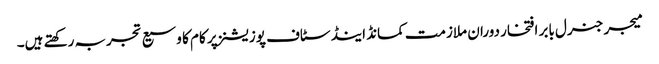
میجر جنرل بابر افتخار دوران ملازمت کمانڈ اینڈ سٹاف پوزیشنز پر کام کا وسیع تجربہ رکھتے ہیں۔